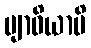
ဗျာဓိယာမိ